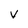
Character: V